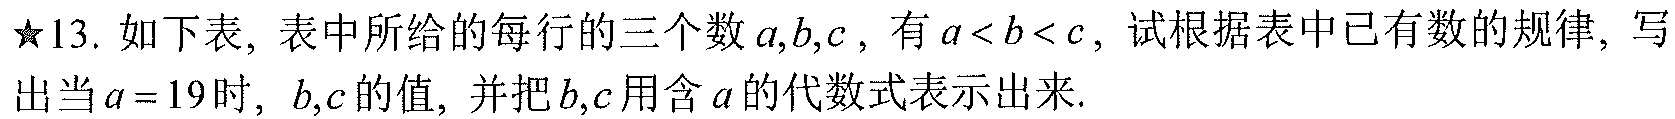
$\star13.$ 如下表, 表中所给的每行的三个数$a,b,c$ , 有$a < b < c$ , 试根据表中已有数的规律, 写出当$a = 19$时, $b,c$的值, 并把$b,c$用含$a$的代数式表示出来.